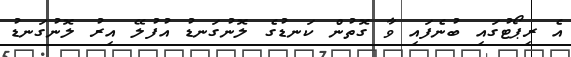
އެ ރިޕޯޓުގައި ބުނެފައި ވާ ގޮތުން ކަނޑުގެ ލޮނުގަނޑު އުފުލޭ އިރު ލޮނުގަނޑު